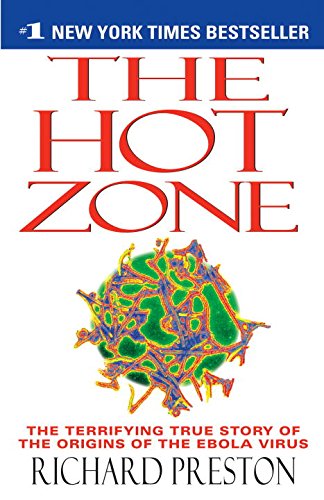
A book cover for The Hot Zone: The Terrifying True Story of the Origins of the Ebola Virus; Richard Preston; Medical Books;